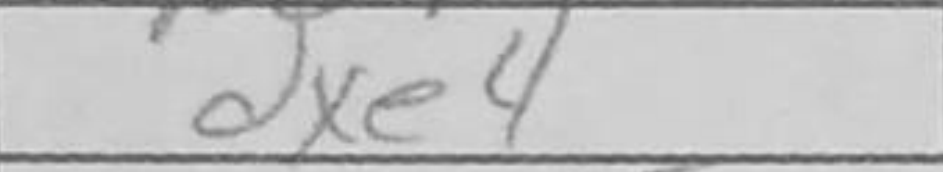
Transcription: dxe4